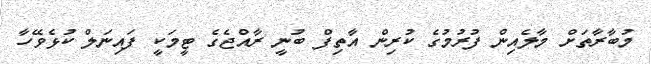
މުބާރާތަށް މާލެއިން ފުރުމުގެ ކުރިން އާތިފް ބުނީ ރާއްޖެގެ ޓީމަކީ ފައިނަލް ކުޅެވޭހާ